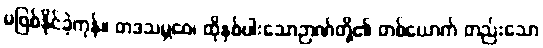
မဖြစ်နိုင်ခဲ့ကုန်။ တဒသမ္ဘဝေ၊ ထိုနှစ်ပါးသောဉာဏ်တို့၏ တစ်ယောက် တည်းသော